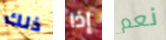
ذلك إذا نعم